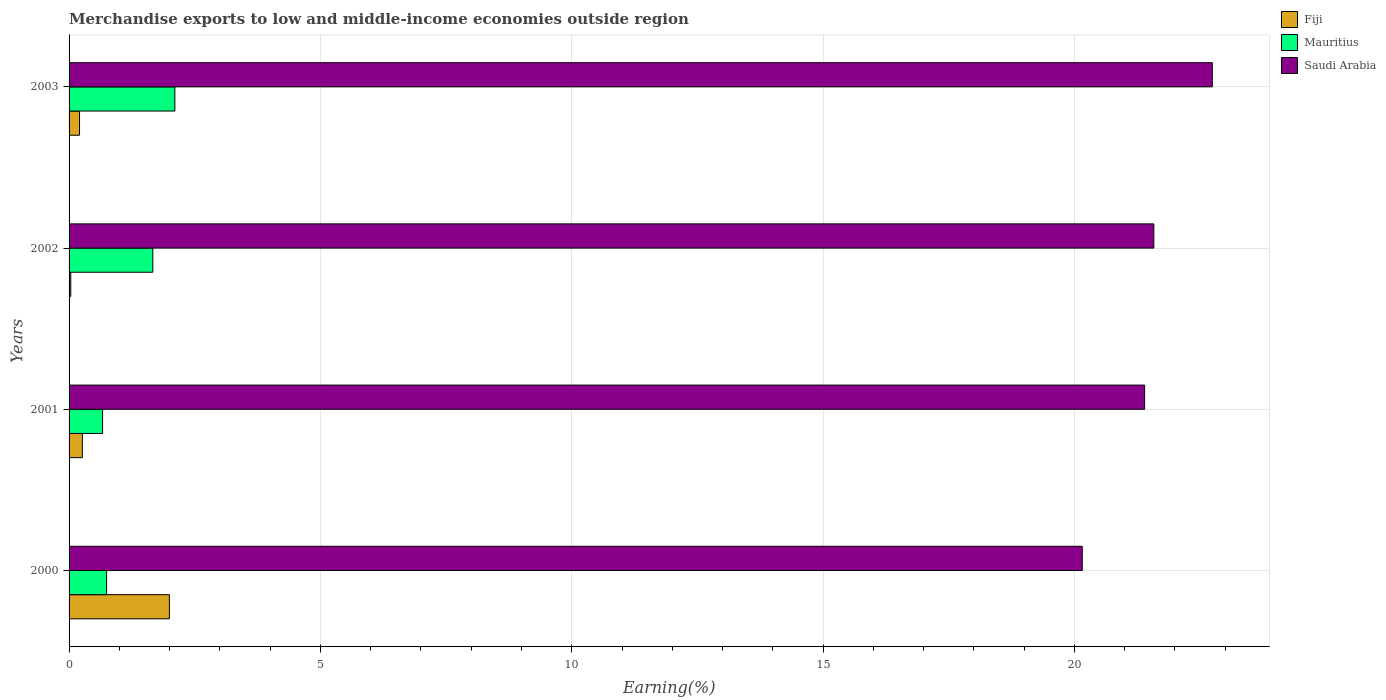
| Years | Fiji | Mauritius | Saudi Arabia |
 | --- | --- | --- | --- |
 | 2000 | 2 | 0.747 | 20.2 |
 | 2001 | 0.264 | 0.667 | 21.4 |
 | 2002 | 0.0338 | 1.67 | 21.6 |
 | 2003 | 0.208 | 2.1 | 22.7 |